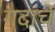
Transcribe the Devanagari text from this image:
गदांचे